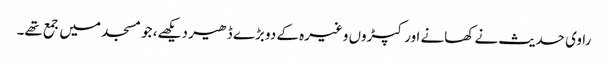
راوی حدیث نے کھانے اور کپڑوں وغیرہ کے دو بڑے ڈھیر دیکھے، جو مسجد میں جمع تھے۔